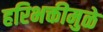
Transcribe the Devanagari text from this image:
हरिभक्तीमुळे